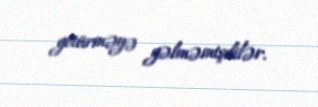
götürməyə gəlməmişdilər.